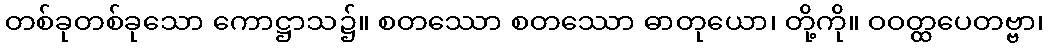
တစ်ခုတစ်ခုသော ကောဋ္ဌာသ၌။ စတဿော စတဿော ဓာတုယော၊ တို့ကို။ ဝဝတ္ထပေတဗ္ဗာ၊